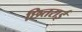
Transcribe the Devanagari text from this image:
छितराई